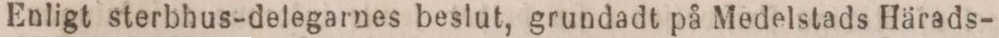
Enligt sterbhus-delegarnes beslut, grundadt på Medelstads Härads-